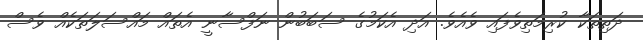
ދަތިތަކާ ކުރިމަތިވެފައި ވެއެވެ. އަދި އެކަމުގެ ސަބަބުން ނަފްސާނީ އެތައް މައްސަލަތަކެއް ވެސް